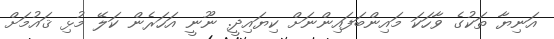
އަނިޔާ ތަކުގެ ވާހަކަ މައިންބަފައިންނަށް ކިޔައިދީ. ނޫނީ އަހަރެން ކަލޭ މުޅި ޤައުމަށް